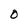
Character: O